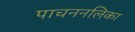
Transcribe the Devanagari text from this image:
पाचननलिका